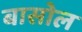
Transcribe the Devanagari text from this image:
बासोल